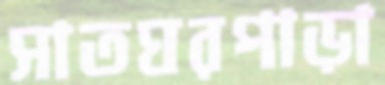
সাতঘরপাড়া